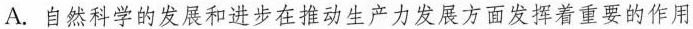
A.自然科学的发展和进步在推动生产力发展方面发挥着重要的作用